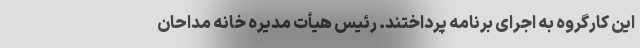
این کارگروه به اجرای برنامه پرداختند. رئیس هیأت مدیره خانه مداحان